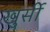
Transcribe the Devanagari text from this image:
खुर्सी